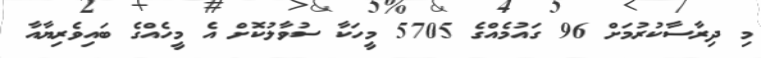
މި ދިރާސާކުރުމަށް 96 ގައުމެއްގެ 5705 މީހަކާ ސުވާލުކޮށް އެ މީހެއްގެ ބައިވެރިޔާއާ